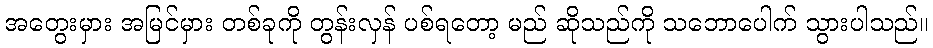
အတွေးမှား အမြင်မှား တစ်ခုကို တွန်းလှန် ပစ်ရတော့ မည် ဆိုသည်ကို သဘောပေါက် သွားပါသည်။